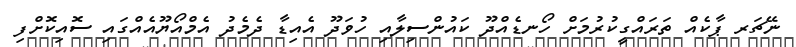
ނޭޗަރ ޕާކެއް ތަރައްގީކުރުމަށް ހޯނޑެއްދޫ ކައުންސިލާއި ހުވަދޫ އެއިޑާ ދެމެދު އެމްއޯޔޫއެއްގައި ސޮއިކޮށްފި